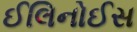
ઈલિનોઈસ